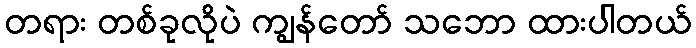
တရား တစ်ခုလိုပဲ ကျွန်တော် သဘော ထားပါတယ်